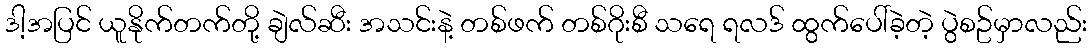
ဒါ့အပြင် ယူနိုက်တက်တို့ ချဲလ်ဆီး အသင်းနဲ့ တစ်ဖက် တစ်ဂိုးစီ သရေ ရလဒ် ထွက်ပေါ်ခဲ့တဲ့ ပွဲစဥ်မှာလည်း